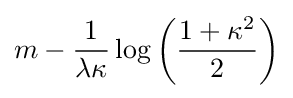
m-{\frac {1}{\lambda \kappa }}\log \left({\frac {1+\kappa ^{2}}{2}}\right)